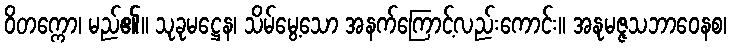
ဝိတက္ကော၊ မည်၏။ သုခုမဋ္ဌေန၊ သိမ်မွေ့သော အနက်ကြောင့်လည်းကောင်း။ အနုမဇ္ဇသဘာဝေနစ၊